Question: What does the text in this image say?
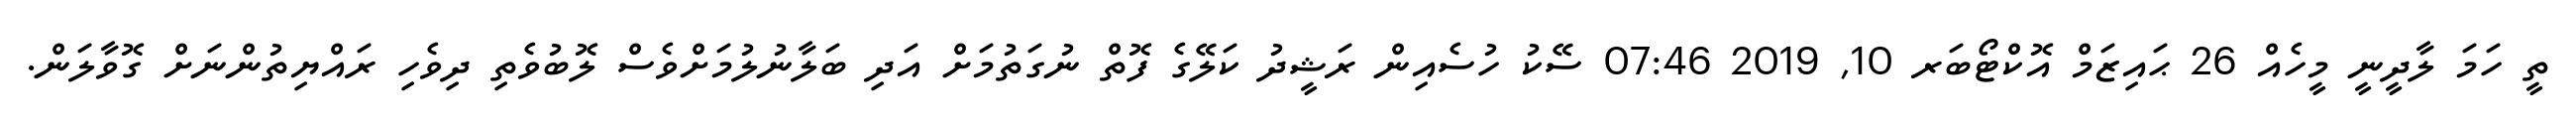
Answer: ތީ ހަމަ ލާދީނީ މީހެއް 26 ޙައިޒަމް އޮކްޓޯބަރ 10, 2019 07:46 ސޭކު ހުސެއިން ރަޝީދު ކަލޭގެ ފޮތް ނުގަތުމަށް އަދި ބަލާނުލުމަށްވެސް ލޮބުވެތި ދިވެހި ރައްޔިތުންނަށް ގޮވާލަން.